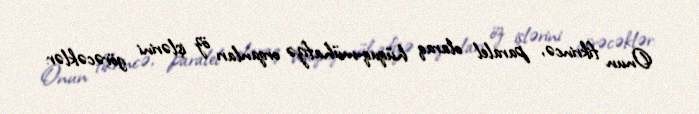
Onun fikrincə, paralel olaraq hüquq-mühafizə orqanları öz işlərini görəcəklər: